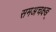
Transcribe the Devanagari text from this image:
समअचक्ष्ङ्